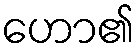
ဟော၏